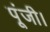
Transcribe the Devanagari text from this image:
पूंजी।